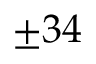
\pm 3 4